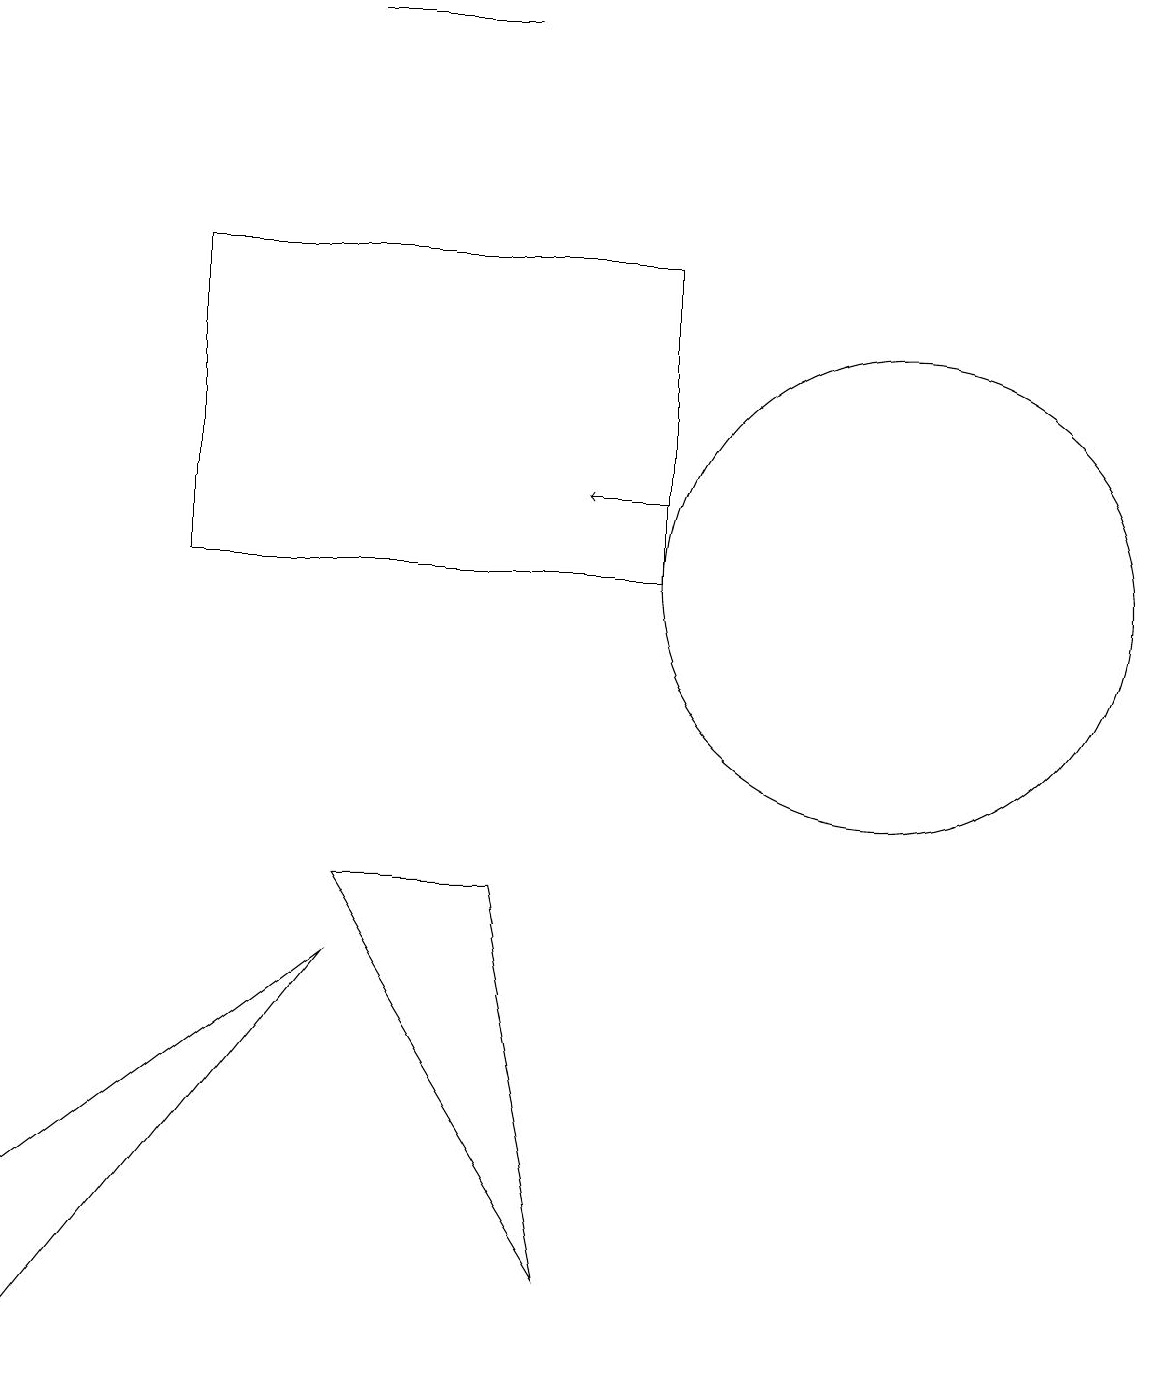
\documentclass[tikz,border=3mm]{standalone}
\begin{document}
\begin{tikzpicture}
\draw (6,17) rectangle (4,17);
\draw[->] (8,11) -- (7,11);
\draw (0,0) -- (4,5) -- (0,2) -- cycle;
\draw (7,1) -- (4,6) -- (6,6) -- cycle;
\draw (11,10) circle (3);
\draw (11,12) circle (0);
\draw (8,14) rectangle (2,10);
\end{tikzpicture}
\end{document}